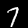
Label: 7